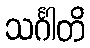
သင်္ဂါတိ